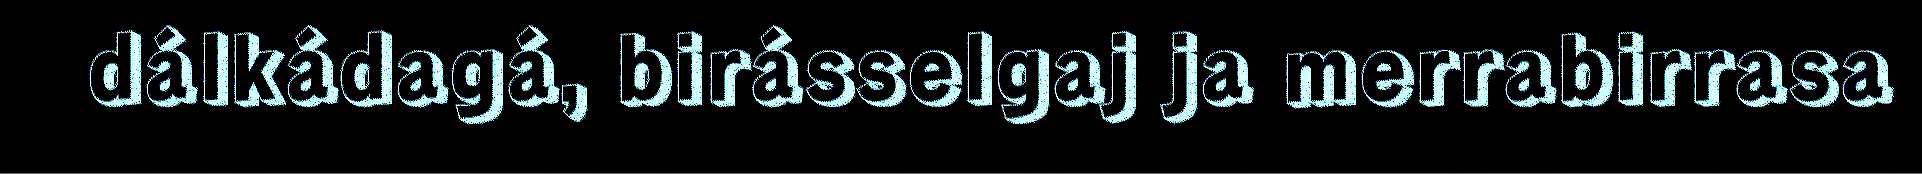
dálkádagá, birásselgaj ja merrabirrasa